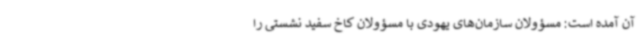
آن آمده است: مسؤولان سازمان‌های یهودی با مسؤولان کاخ سفید نشستی را